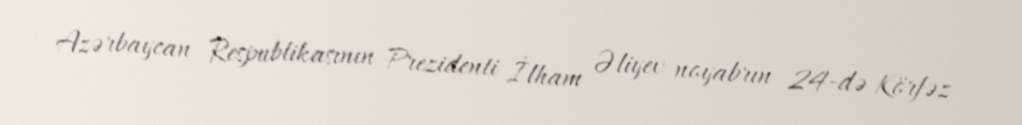
Azərbaycan Respublikasının Prezidenti İlham Əliyev noyabrın 24-də Körfəz